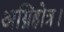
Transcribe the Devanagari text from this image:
अग्निहोत्र।